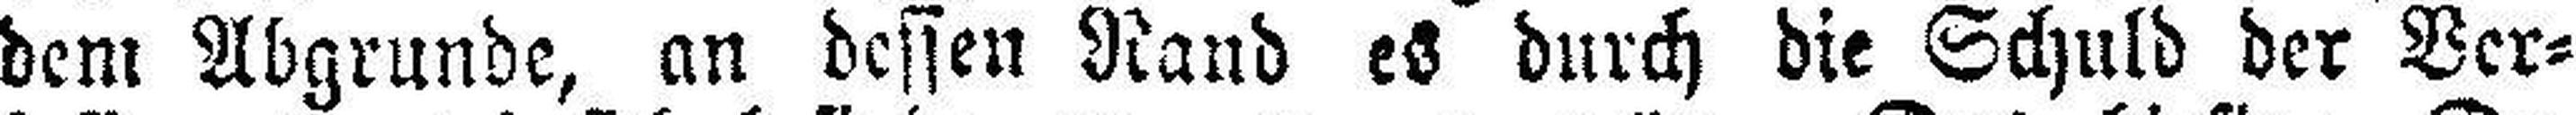
dem Abgrunde, an dessen Rand es durch die Schuld der Ver¬